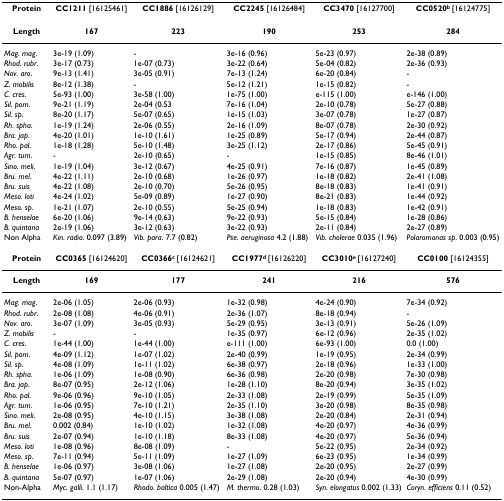
<table><thead><tr><td><b>Protein</b></td><td><b>CC1211 [16125461]</b></td><td><b>CC1886 [16126129]</b></td><td><b>CC2245 [16126484]</b></td><td><b>CC3470 [16127700]</b></td><td><b>CC0520<sup>b </sup>[16124775]</b></td></tr></thead><tbody><tr><td><b>Length</b></td><td><b>167</b></td><td><b>223</b></td><td><b>190</b></td><td><b>253</b></td><td><b>284</b></td></tr><tr><td><i>Mag. mag</i>.</td><td>3e-19 (1.09)</td><td>-</td><td>3e-16 (0.96)</td><td>5e-23 (0.97)</td><td>2e-38 (0.89)</td></tr><tr><td><i>Rhod. rubr</i>.</td><td>3e-17 (0.73)</td><td>1e-07 (0.73)</td><td>3e-22 (0.64)</td><td>5e-04 (0.82)</td><td>2e-36 (0.93)</td></tr><tr><td><i>Nov. aro</i>.</td><td>9e-13 (1.41)</td><td>3e-05 (0.91)</td><td>7e-13 (1.24)</td><td>6e-20 (0.84)</td><td>-</td></tr><tr><td><i>Z. mobilis</i></td><td>8e-12 (1.38)</td><td>-</td><td>5e-12 (1.21)</td><td>1e-15 (0.82)</td><td>-</td></tr><tr><td><i>C. cres</i>.</td><td>5e-93 (1.00)</td><td>3e-58 (1.00)</td><td>1e-75 (1.00)</td><td>e-115 (1.00)</td><td>e-146 (1.00)</td></tr><tr><td><i>Sil. pom</i>.</td><td>9e-21 (1.19)</td><td>2e-04 (0.53</td><td>7e-16 (1.04)</td><td>2e-10 (0.78)</td><td>5e-27 (0.88)</td></tr><tr><td><i>Sil. sp</i>.</td><td>8e-20 (1.17)</td><td>5e-07 (0.65)</td><td>1e-15 (1.03)</td><td>3e-07 (0.78)</td><td>1e-27 (0.87)</td></tr><tr><td><i>Rh. spha</i>.</td><td>1e-19 (1.24)</td><td>2e-06 (0.55)</td><td>2e-16 (1.09)</td><td>8e-07 (0.78)</td><td>2e-30 (0.92)</td></tr><tr><td><i>Bra. jap</i>.</td><td>4e-20 (1.01)</td><td>1e-10 (1.61)</td><td>1e-25 (0.89)</td><td>5e-17 (0.94)</td><td>2e-44 (0.87)</td></tr><tr><td><i>Rho. pal</i>.</td><td>1e-18 (1.28)</td><td>5e-10 (1.48)</td><td>3e-25 (1.12)</td><td>2e-17 (0.86)</td><td>5e-45 (0.91)</td></tr><tr><td><i>Agr. tum</i>.</td><td>-</td><td>2e-10 (0.65)</td><td>-</td><td>1e-15 (0.85)</td><td>8e-46 (1.01)</td></tr><tr><td><i>Sino. meli</i>.</td><td>1e-19 (1.04)</td><td>3e-12 (0.67)</td><td>4e-25 (0.91)</td><td>7e-16 (0.87)</td><td>1e-45 (0.89)</td></tr><tr><td><i>Bru. mel</i>.</td><td>4e-22 (1.11)</td><td>2e-10 (0.68)</td><td>1e-26 (0.97)</td><td>1e-18 (0.82)</td><td>2e-41 (1.08)</td></tr><tr><td><i>Bru. suis</i></td><td>4e-22 (1.08)</td><td>2e-10 (0.70)</td><td>5e-26 (0.95)</td><td>8e-18 (0.83)</td><td>1e-41 (0.91)</td></tr><tr><td><i>Meso. loti</i></td><td>4e-24 (1.02)</td><td>5e-09 (0.89)</td><td>1e-27 (0.90)</td><td>8e-21 (0.83)</td><td>1e-44 (0.92)</td></tr><tr><td><i>Meso. sp</i>.</td><td>1e-21 (1.07)</td><td>2e-10 (0.55)</td><td>5e-25 (0.94)</td><td>1e-18 (0.83)</td><td>1e-42 (0.91)</td></tr><tr><td><i>B. henselae</i></td><td>6e-20 (1.06)</td><td>9e-14 (0.63)</td><td>9e-22 (0.93)</td><td>5e-15 (0.84)</td><td>1e-28 (0.86)</td></tr><tr><td><i>B. quintana</i></td><td>2e-19 (1.06)</td><td>3e-12 (0.63)</td><td>3e-22 (0.93)</td><td>2e-11 (0.84)</td><td>2e-27 (0.89)</td></tr><tr><td>Non Alpha</td><td><i>Kin. radio</i>. 0.097 (3.89)</td><td><i>Vib. para</i>. 7.7 (0.82)</td><td><i>Pse. aeruginosa </i>4.2 (1.88)</td><td><i>Vib. cholerae </i>0.035 (1.96)</td><td><i>Polaromonas sp</i>. 0.003 (0.95)</td></tr><tr><td><b>Protein</b></td><td><b>CC0365 </b>[16124620]</td><td><b>CC0366<sup>c </sup></b>[16124621]</td><td><b>CC1977<sup>d </sup></b>[16126220]</td><td><b>CC3010<sup>e </sup></b>[16127240]</td><td><b>CC0100 </b>[16124355]</td></tr><tr><td><b>Length</b></td><td><b>169</b></td><td><b>177</b></td><td><b>241</b></td><td><b>216</b></td><td><b>576</b></td></tr><tr><td><i>Mag. mag</i>.</td><td>2e-06 (1.05)</td><td>2e-06 (0.93)</td><td>1e-32 (0.98)</td><td>4e-24 (0.90)</td><td>7e-34 (0.92)</td></tr><tr><td><i>Rhod. rubr</i>.</td><td>2e-08 (1.08)</td><td>4e-06 (0.91)</td><td>2e-36 (1.07)</td><td>8e-18 (0.94)</td><td>-</td></tr><tr><td><i>Nov. aro</i>.</td><td>3e-07 (1.09)</td><td>3e-05 (0.93)</td><td>5e-29 (0.95)</td><td>3e-13 (0.91)</td><td>5e-26 (1.09)</td></tr><tr><td><i>Z. mobilis</i></td><td>-</td><td>-</td><td>1e-35 (0.97)</td><td>6e-12 (0.96)</td><td>2e-35 (1.02)</td></tr><tr><td><i>C. cres</i>.</td><td>1e-44 (1.00)</td><td>1e-44 (1.00)</td><td>e-111 (1.00)</td><td>6e-93 (1.00)</td><td>0.0 (1.00)</td></tr><tr><td><i>Sil. pom</i>.</td><td>4e-09 (1.12)</td><td>1e-07 (1.02)</td><td>2e-40 (0.99)</td><td>1e-19 (0.95)</td><td>2e-34 (0.99)</td></tr><tr><td><i>Sil. sp</i>.</td><td>4e-08 (1.09)</td><td>1e-11 (1.02)</td><td>6e-38 (0.97)</td><td>2e-18 (0.96)</td><td>1e-33 (1.00)</td></tr><tr><td><i>Rh. spha</i>.</td><td>1e-06 (1.09)</td><td>1e-08 (0.90)</td><td>6e-36 (0.98)</td><td>2e-20 (0.98)</td><td>7e-30 (0.98)</td></tr><tr><td><i>Bra. jap</i>.</td><td>8e-07 (0.95)</td><td>2e-12 (1.06)</td><td>1e-28 (1.10)</td><td>8e-20 (0.94)</td><td>3e-35 (1.02)</td></tr><tr><td><i>Rho. pal</i>.</td><td>9e-06 (0.96)</td><td>9e-10 (1.05)</td><td>2e-33 (1.08)</td><td>2e-19 (0.99)</td><td>5e-35 (1.09)</td></tr><tr><td><i>Agr. tum</i>.</td><td>1e-06 (0.95)</td><td>7e-10 (1.21)</td><td>2e-35 (1.10)</td><td>3e-20 (0.98)</td><td>8e-35 (0.98)</td></tr><tr><td><i>Sino. meli</i>.</td><td>2e-08 (0.95)</td><td>4e-10 (1.15)</td><td>3e-38 (1.08)</td><td>2e-20 (0.84)</td><td>2e-31 (0.94)</td></tr><tr><td><i>Bru. mel</i>.</td><td>0.002 (0.84)</td><td>1e-10 (1.02)</td><td>1e-32 (1.08)</td><td>4e-20 (0.97)</td><td>4e-36 (0.99)</td></tr><tr><td><i>Bru. suis</i></td><td>2e-07 (0.94)</td><td>1e-10 (1.18)</td><td>8e-33 (1.08)</td><td>4e-20 (0.97)</td><td>5e-36 (0.94)</td></tr><tr><td><i>Meso. loti</i></td><td>1e-08 (0.96)</td><td>8e-08 (1.09)</td><td>-</td><td>5e-22 (0.95)</td><td>2e-34 (0.92)</td></tr><tr><td><i>Meso. sp</i>.</td><td>7e-11 (0.94)</td><td>5e-11 (1.09)</td><td>1e-27 (1.09)</td><td>6e-23 (0.95)</td><td>1e-34 (0.99)</td></tr><tr><td><i>B. henselae</i></td><td>1e-06 (0.97)</td><td>3e-08 (1.06)</td><td>1e-27 (1.08)</td><td>2e-20 (0.95)</td><td>2e-27 (0.99)</td></tr><tr><td><i>B. quintana</i></td><td>5e-07 (0.97)</td><td>1e-07 (1.06)</td><td>2e-29 (1.08)</td><td>2e-20 (0.94)</td><td>4e-30 (0.99)</td></tr><tr><td>Non-Alpha</td><td><i>Myc. galli</i>. 1.1 (1.17)</td><td><i>Rhodo. baltica </i>0.005 (1.47)</td><td><i>M. thermo</i>. 0.28 (1.03)</td><td><i>Syn. elongatus </i>0.002 (1.33)</td><td><i>Coryn. efficiens </i>0.11 (0.52)</td></tr></tbody></table>